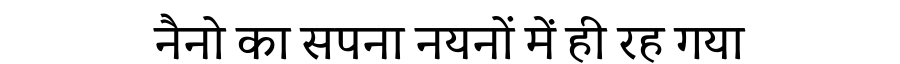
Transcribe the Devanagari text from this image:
नैनो का सपना नयनों में ही रह गया